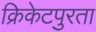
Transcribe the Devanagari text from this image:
क्रिकेटपुरता